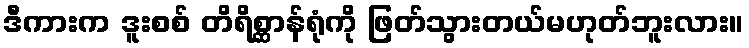
ဒီကားက ဒူးစစ် တိရိစ္ဆာန်ရုံကို ဖြတ်သွားတယ်မဟုတ်ဘူးလား။